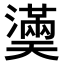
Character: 𤂀